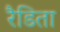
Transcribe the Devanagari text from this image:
रैडिता